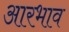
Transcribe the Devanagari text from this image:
आरभाव